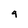
Character: 9